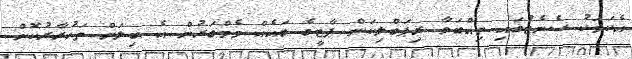
އެކަމަކު ސެނެޓުގައި ތިއްބަވާ ރިޕަބްލިކަން ޕާޓީގެ ބައެއް މެމްބަރުން އެ ބިލަށް ތަކުރާރުކޮށް